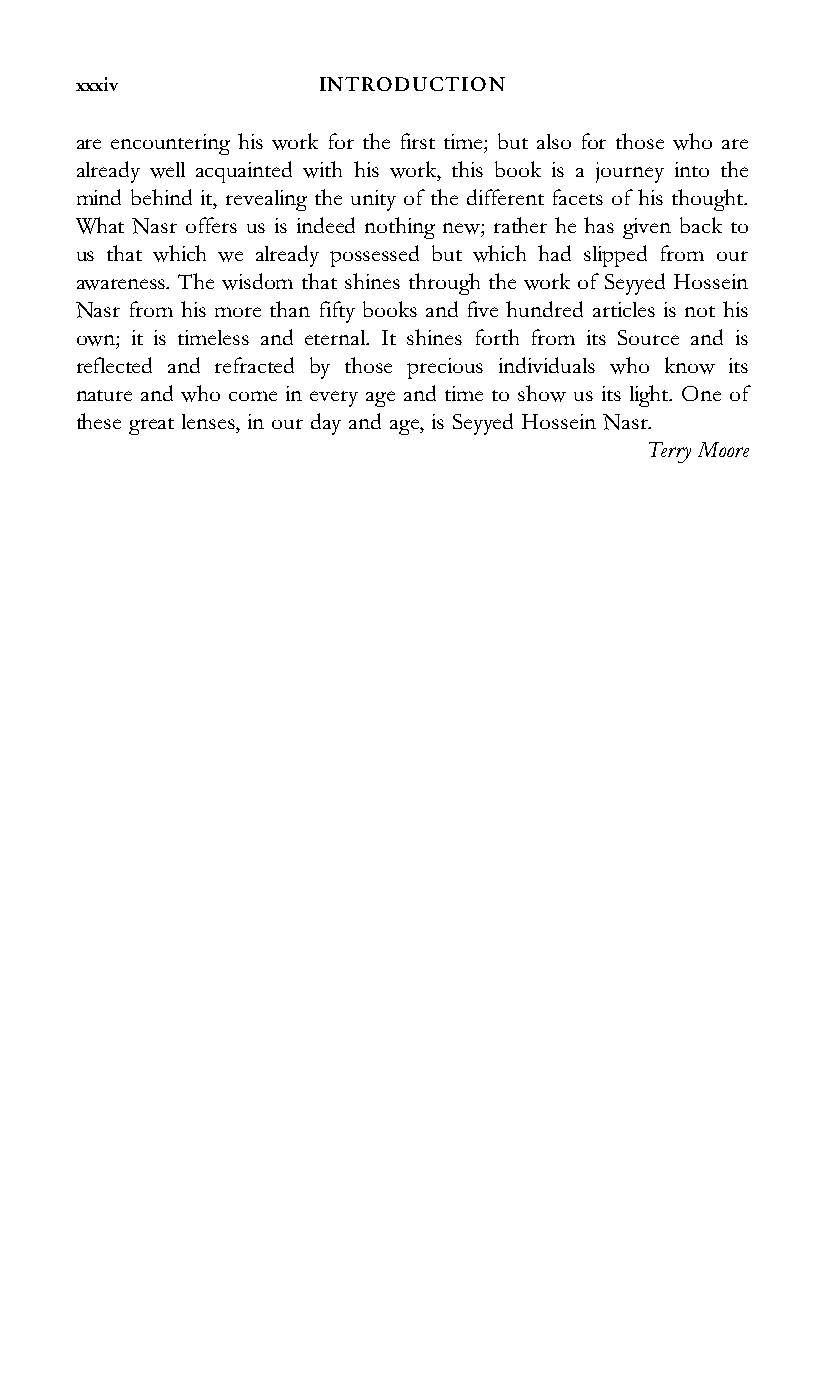
xxxiv           INTRODUCTION
 are encountering his work for the first time; but also for those who are
 already well acquainted with his work, this book is a journey into the
 mind behind it, revealing the unity of the different facets of his thought.
 What Nasr offers us is indeed nothing new; rather he has given back to
 us that which we already possessed but which had slipped from our
 awareness. The wisdom that shines through the work of Seyyed Hossein
 Nasr from his more than fifty books and five hundred articles is not his
 own; it is timeless and eternal. It shines forth from its Source and is
 reflected and refracted by those precious individuals who know its
 nature and who come in every age and time to show us its light. One of
 these great lenses, in our day and age, is Seyyed Hossein Nasr.
 Terry Moore